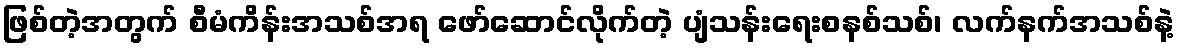
ဖြစ်တဲ့အတွက် စီမံကိန်းအသစ်အရ ဖော်ဆောင်လိုက်တဲ့ ပျံသန်းရေးစနစ်သစ်၊ လက်နက်အသစ်နဲ့